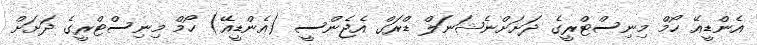
އެންޑީއޭ ހޯމް މިނިސްޓްރީގެ ދަށަށްނެޝަނަލް ޑްރަގް އެޖެންސީ (އެންޑީއޭ) ހޯމް މިނިސްޓްރީގެ ދަށަށް